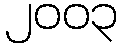
၂၀၀၃